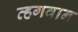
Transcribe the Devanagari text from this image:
व्हगवान